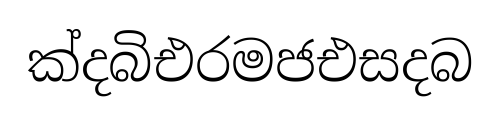
ක්දබිඑරමජඑසදබ